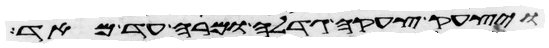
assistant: ויצעק צעקה גדלה ומרה עד מאד